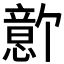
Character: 𪬫